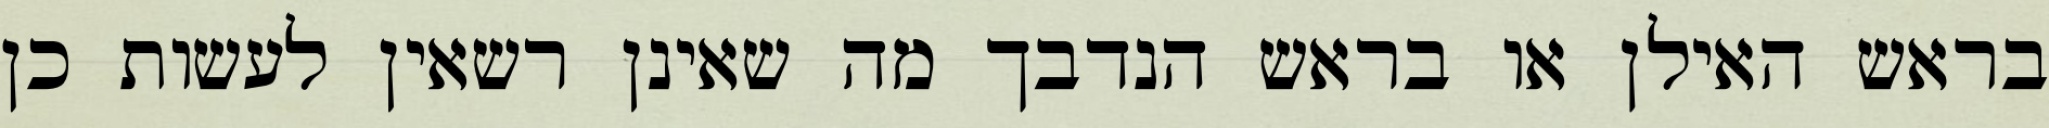
בראש האילן או בראש הנדבך מה שאינן רשאין לעשות כן